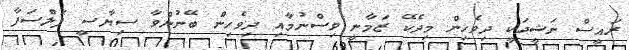
ރައީސް ނަޝީދަކީ ދިވެހިން މިދެކޭ ޒަމާނީ ވިސްނުމާއި ދިވެހިން ބޭނުންވާ ސިޔާސީ ފަލްސަފާ